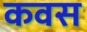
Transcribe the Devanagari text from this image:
कवस